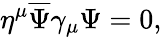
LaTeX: \eta^{\mu}{\overline{{\Psi}}}\gamma_{\mu}\Psi=0,